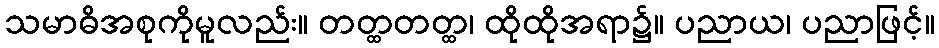
သမာဓိအစုကိုမူလည်း။ တတ္ထတတ္ထ၊ ထိုထိုအရာ၌။ ပညာယ၊ ပညာဖြင့်။